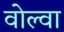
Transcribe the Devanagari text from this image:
वोल्वा